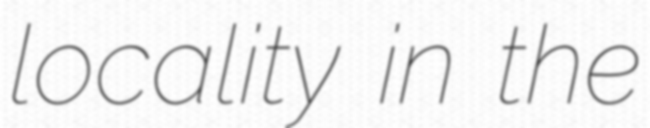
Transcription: locality in the